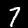
Digit: 7